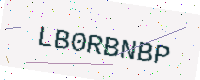
Text: LB0RBNBP